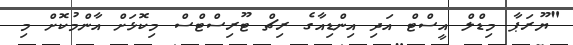
"ޔޫރަޕާ މިޑްލް އީސްޓް އަދި އިންޑިއާގެ ރިޗް ޓޫރިސްޓްސް މިކޮޅަށް އާންމުކޮށް މި